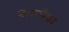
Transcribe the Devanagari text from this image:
बलालैका